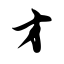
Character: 才